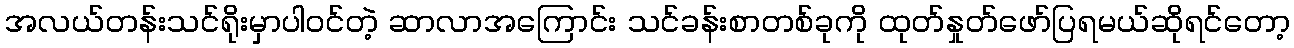
အလယ်တန်းသင်ရိုးမှာပါဝင်တဲ့ ဆာလာအကြောင်း သင်ခန်းစာတစ်ခုကို ထုတ်နှုတ်ဖော်ပြရမယ်ဆိုရင်တော့